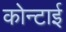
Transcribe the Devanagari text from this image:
कोन्टाई